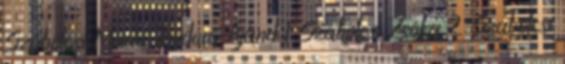
Szabolcsi Mária Teodóra Ajánd 1 Szabolcsi Zsóka 2 Szabolcsi